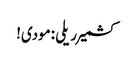
کشمیر ریلی :مودی!